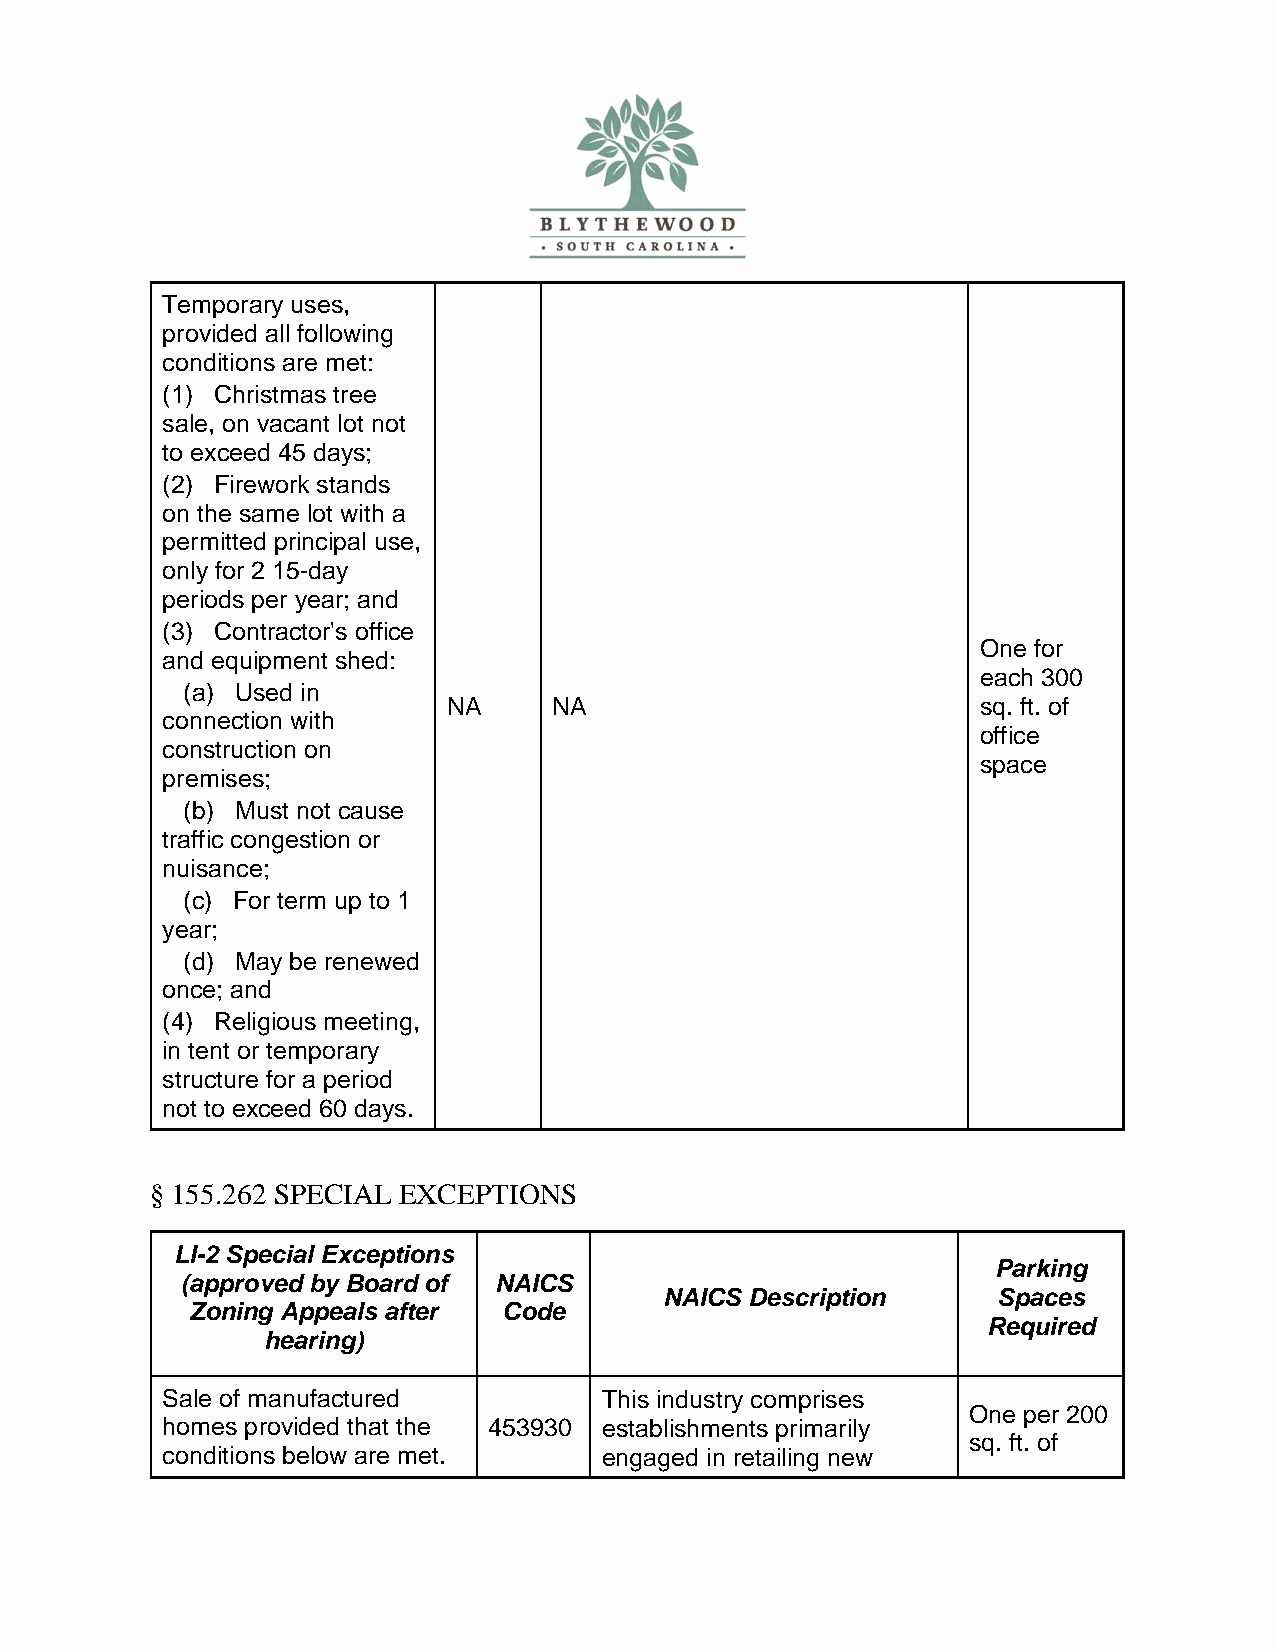
Temporary uses,
 provided all following
 conditions are met:
 (1) Christmas tree
 sale, on vacant lot not
 to exceed 45 days;
 (2) Firework stands
 on the same lot with a
 permitted principal use,
 only for 2 15-day
 periods per year; and
 (3) Contractor's office
 One for
 and equipment shed:
 each 300
 (a) Used in
 NA     NA                          sq. ft. of
 connection with
 office
 construction on
 space
 premises;
 (b) Must not cause
 traffic congestion or
 nuisance;
 (c) For term up to 1
 year;
 (d) May be renewed
 once; and
 (4) Religious meeting,
 in tent or temporary
 structure for a period
 not to exceed 60 days.
 § 155.262 SPECIAL EXCEPTIONS
 LI-2 Special Exceptions
 Parking
 (approved by Board of NAICS
 NAICS Description     Spaces
 Zoning Appeals after Code
 Required
 hearing)
 Sale of manufactured         This industry comprises
 One per 200
 homes provided that the 453930 establishments primarily
 sq. ft. of
 conditions below are met.    engaged in retailing new